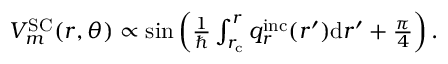
\begin{array} { r } { V _ { m } ^ { \mathrm { S C } } ( r , \theta ) \propto \sin \left( \frac { 1 } { \hbar } \int _ { r _ { \mathrm { c } } } ^ { r } q _ { r } ^ { \mathrm { i n c } } ( r ^ { \prime } ) \mathrm { d } r ^ { \prime } + \frac { \pi } { 4 } \right) . } \end{array}